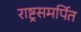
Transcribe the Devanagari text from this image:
राष्ट्रसमर्पित